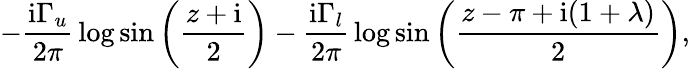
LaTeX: -{\frac{\mathrm{i}\Gamma_{u}}{2\pi}}\log\sin\left({\frac{z+\mathrm{i}}{2}}\right)-{\frac{\mathrm{i}\Gamma_{l}}{2\pi}}\log\sin\left({\frac{z-\pi+\mathrm{i}(1+\lambda)}{2}}\right),